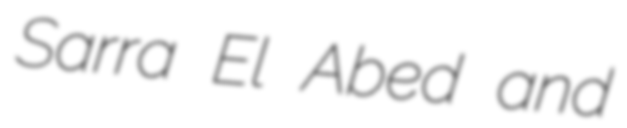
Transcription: Sarra El Abed and